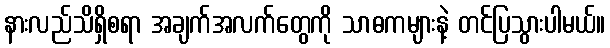
နားလည်သိရှိစရာ အချက်အလက်တွေကို သာဓကများနဲ့ တင်ပြသွားပါမယ်။